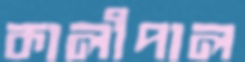
কালীপাল